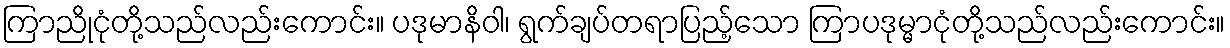
ကြာညိုငုံတို့သည်လည်းကောင်း။ ပဒုမာနိဝါ၊ ရွက်ချပ်တရာပြည့်သော ကြာပဒုမ္မာငုံတို့သည်လည်းကောင်း။